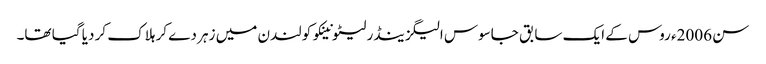
سن 2006ء روس کے ایک سابق جاسوس الیگزینڈر لیٹونینکو کو لندن میں زہر دے کر ہلاک کر دیا گیا تھا۔